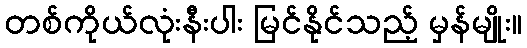
တစ်ကိုယ်လုံးနီးပါး မြင်နိုင်သည့် မှန်မျိုး။